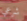
شرعي